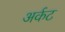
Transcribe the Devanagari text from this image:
अर्कट